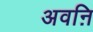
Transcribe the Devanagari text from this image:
अवऩि